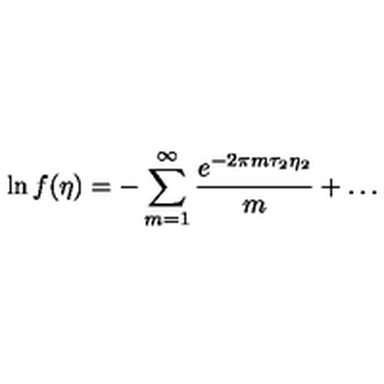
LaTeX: \ln f ( \eta ) = - \sum _ { m = 1 } ^ { \infty } { \frac { e ^ { - 2 \pi m \tau _ { 2 } \eta _ { 2 } } } { m } } + \dots